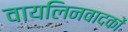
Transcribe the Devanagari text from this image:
वायलिनवादकों